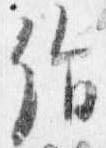
絹